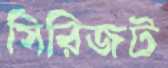
সিরিজট